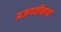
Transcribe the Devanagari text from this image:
अजगवीनाथ